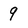
Character: 9